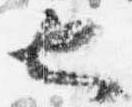
也